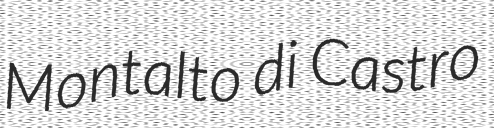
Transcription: Montalto di Castro